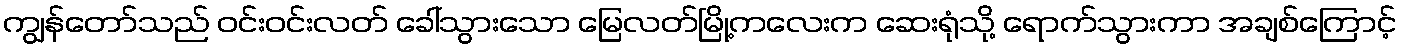
ကျွန်တော်သည် ဝင်းဝင်းလတ် ခေါ်သွားသော မြေလတ်မြို့ကလေးက ဆေးရုံသို့ ရောက်သွားကာ အချစ်ကြောင့်